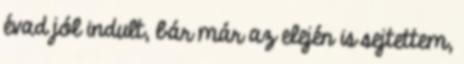
évad jól indult, bár már az elején is sejtettem,